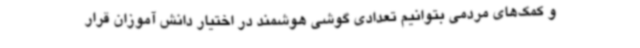
و کمک‌های مردمی بتوانیم تعدادی گوشی هوشمند در اختیار دانش آموزان قرار